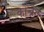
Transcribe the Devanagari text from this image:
कोच्रैन